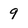
Character: 9